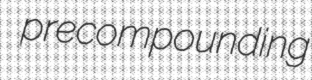
precompounding